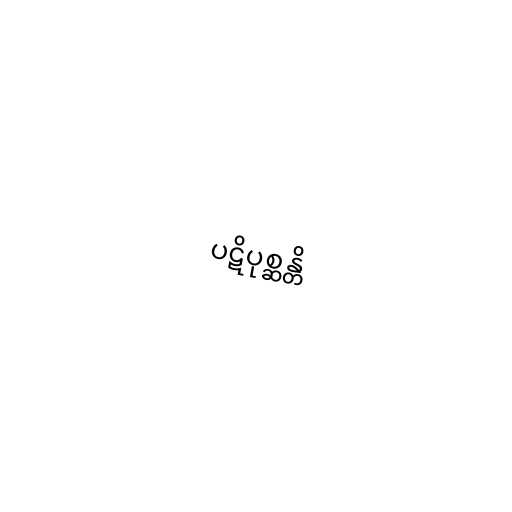
ပဋိပုစ္ဆန္တိ